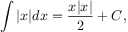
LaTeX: \int | x | d x = { \frac { x | x | } { 2 } } + C ,